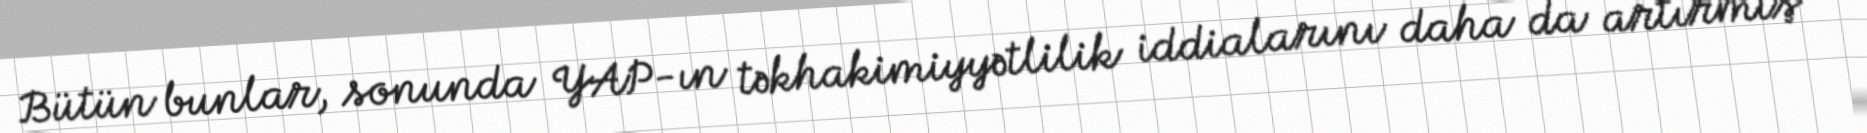
Bütün bunlar, sonunda YAP-ın təkhakimiyyətlilik iddialarını daha da artırmış